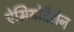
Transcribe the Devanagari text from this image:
ऐमियोडैरोन